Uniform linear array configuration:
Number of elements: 48
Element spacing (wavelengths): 0.5
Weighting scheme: blackman
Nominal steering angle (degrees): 0
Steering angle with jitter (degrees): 0.6443
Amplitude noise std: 0.05
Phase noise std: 0.05

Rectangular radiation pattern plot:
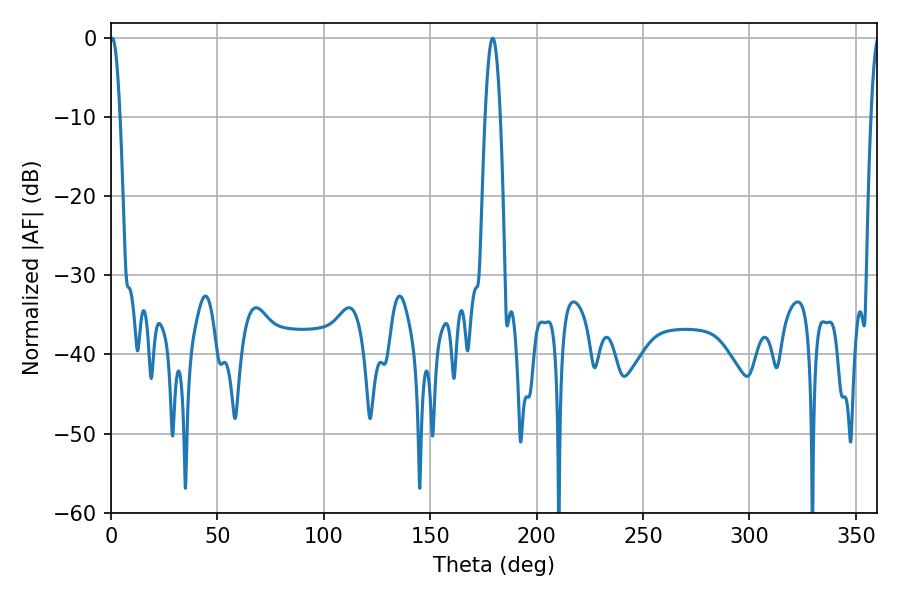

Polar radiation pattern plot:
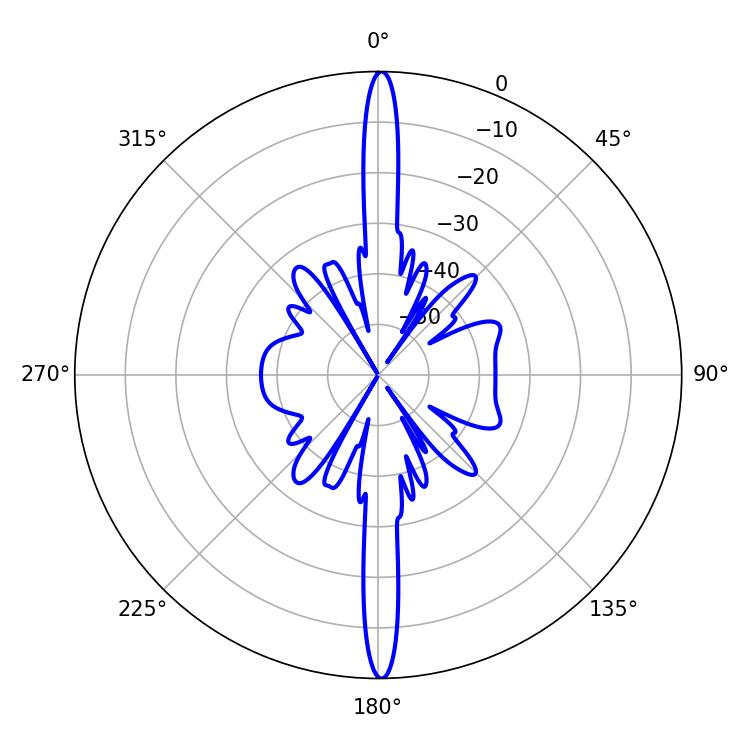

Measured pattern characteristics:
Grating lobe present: FALSE
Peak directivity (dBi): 30.457
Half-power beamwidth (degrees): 3.78
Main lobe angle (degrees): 179.28